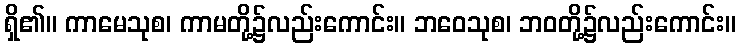
ရှိ၏။ ကာမေသုစ၊ ကာမတို့၌လည်းကောင်း။ ဘဝေသုစ၊ ဘဝတို့၌လည်းကောင်း။